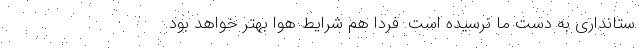
ستانداری به دست ما نرسیده است. فردا هم شرایط هوا بهتر خواهد بود.